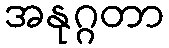
အနုဂ္ဂတာ